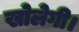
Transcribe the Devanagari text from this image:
खोलेगी।